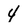
Character: 4